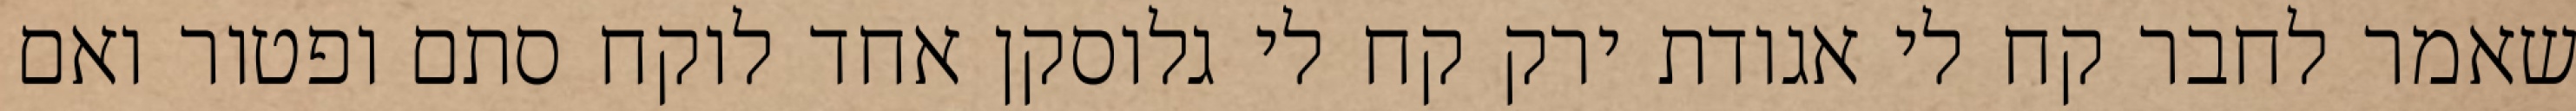
שאמר לחבר קח לי אגודת ירק קח לי גלוסקן אחד לוקח סתם ופטור ואם